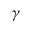
\gamma